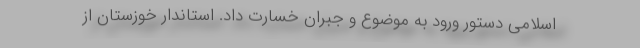
اسلامی دستور ورود به موضوع و جبران خسارت داد. استاندار خوزستان از